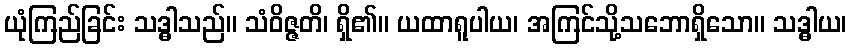
ယုံကြည်ခြင်း သဒ္ဓါသည်။ သံဝိဇ္ဇတိ၊ ရှိ၏။ ယထာရူပါယ၊ အကြင်သို့သဘောရှိသော။ သဒ္ဓါယ၊